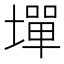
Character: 墠